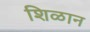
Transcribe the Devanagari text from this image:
शिळान